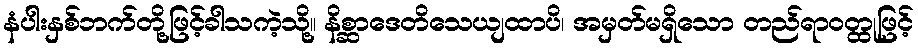
နံပါးနှစ်ဘက်တို့ဖြင့်ခါသကဲ့သို့။ နိစ္ဆာဒေတိသေယျထာပိ၊ အမှတ်မရှိသော တည်ရာဝတ္ထုဖြင့်